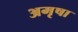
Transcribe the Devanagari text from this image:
अमृषा